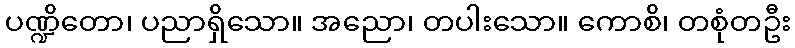
ပဏ္ဍိတော၊ ပညာရှိသော။ အညော၊ တပါးသော။ ကောစိ၊ တစုံတဦး